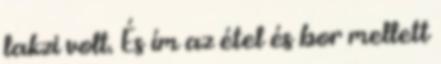
lakzi volt. És ím az étel és bor mellett